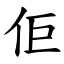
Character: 佢